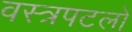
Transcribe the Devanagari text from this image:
वस्त्रपटलों